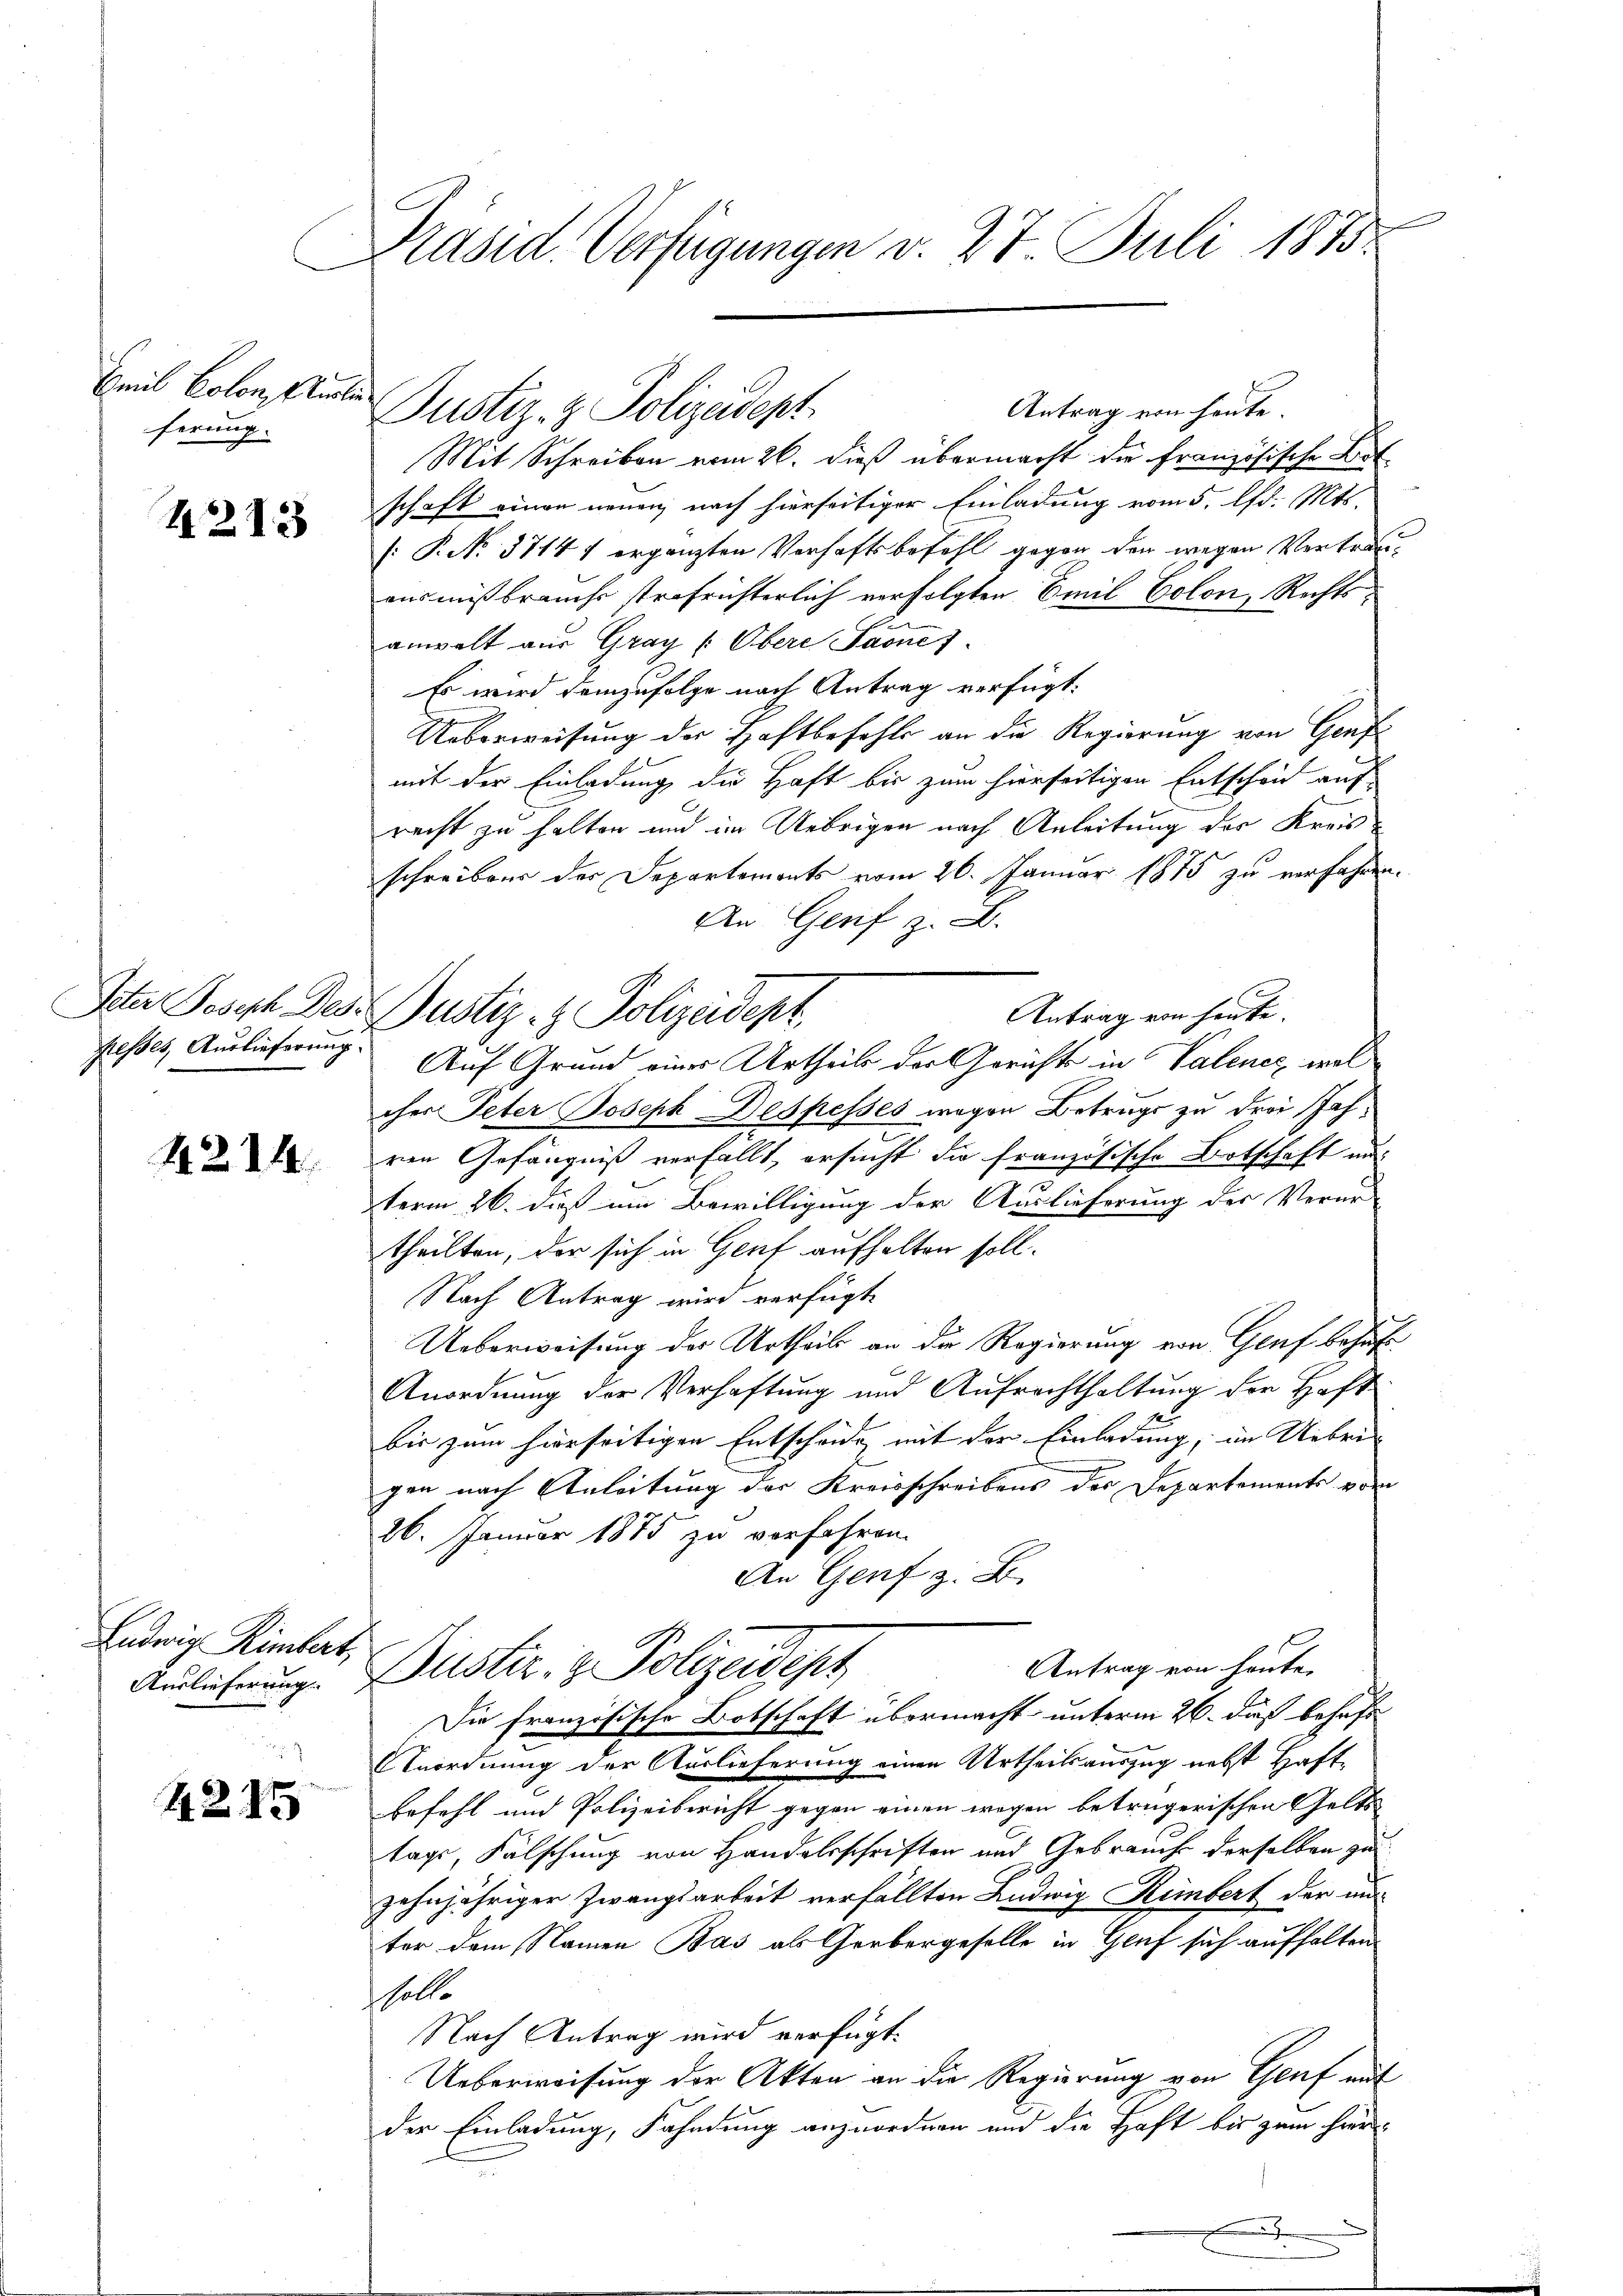
Emil Colon Murte
ferung.

41213

Ister Joseph Des-
presses, Auslieferung.

4214

Ludwig Rimbert,
Auslieferung.

4. 215

Präsid. Verfügungen v. 27 Juli 1875.

Antrag von heute.
Mit Schreiben vom 26. dieß übermacht die Französische Lit
schaft einen neuen nach hierseitiger Einladung vom 5. d. Mts.
[P. No. 3714 1 ergänzten Verhaftsbefehl gegen den wegen Vertrauausmißbrauchs strafrichterlich verfolgten Emil Colon, Rechtsanwalt aus Graz (Obere Laone)
Es wird demzufolge nach Antrag verfügt:
Ueberweisung der Haftbefehls an die Regierung von Genfmit der Einladung die Haft bis zum hierseitigen Entscheid auf
recht zu halten und im Uebrigen nach Anleitung des Kreisschreibens der Departements vom 26. Januar 1873 zu verfahren.
An Genf z. B.
Antrag von heute.
Dustiz- & Polizeidept
Auf Grund einer Urtheils der Gerichts in Valener, welcher Peter Joseph Despesses wegen Betrugs zu drei Jahren Gefängniß verfällt, ersucht die französische Botschaft au
term 26. dieß um Bewilligung der Auslieferung der Verur-
theilten, der sich in Genf aufhalten soll.
Nach Antrag wird verfügt,
Ueberweisung des Urtheils an die Regierung von Genf behaft
Anordnung der Verhaftung und Aufrechthaltung der Haft
bis zum hierseitigen Entscheide mit der Einladung, im Uebrigen nach Anleitung der Kreisschreibens des Departements vom
26. Januar 1875 zu verfahren.
An Genf z. B.
Antrag von heute.
Puster z. Polizeidest
Die französische Botschaft übermacht unterm 26. daß behaft
Anordnung der Auslieferung einen Urtheilsauszug nebst Haftbefehl und Polizeibericht gegen einen wegen betrügerischen Gelts-
tags, Fälschung von Handelsschriften und Gebrauch derselben zu
zehnjähriger Zwangsarbeit verfällten Ludwig Rimbert der un
ter dem Namen Bas als Gerbergeselle in Gluf sich aufhalten
sholte
Nach Antrag wird verfügt:
Ueberweisung der Akten an die Regierung von Genf mit
der Einladung, Fahndung anzuordnen und die Haft bis zum hier
.

Justiz- & Polizeident